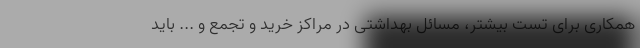
همکاری برای تست بیشتر، مسائل بهداشتی در مراکز خرید و تجمع و ... باید